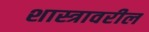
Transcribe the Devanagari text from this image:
शास्त्रावरील